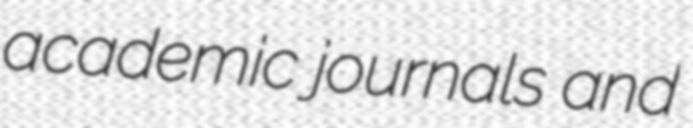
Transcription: academic journals and